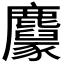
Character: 𪋱